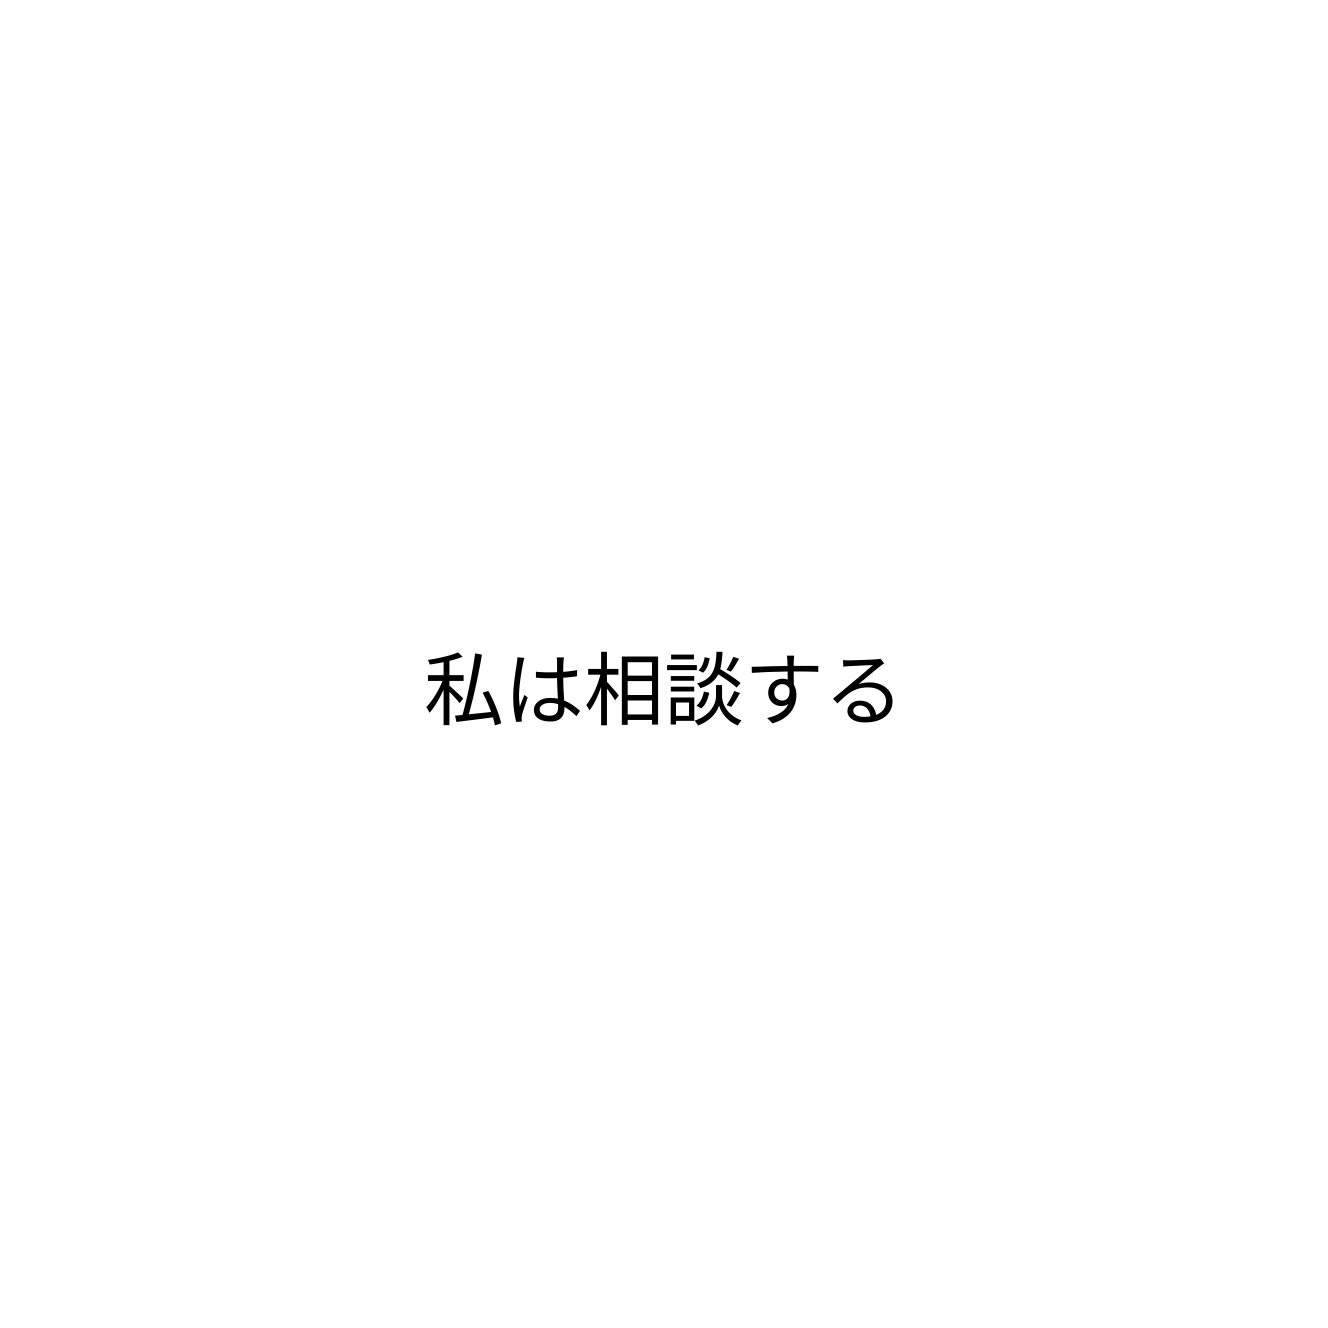
私は相談する